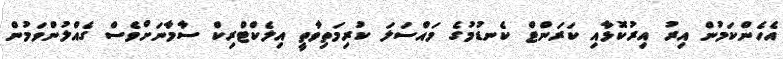
އެހެންކަމުން އިރު އިރުކޮޅާއި ކަރަންޓް ކެނޑުމުގެ މައްސަލަ ކުރިމަތިވާތީ އިލެކްޓްރިކް ސާމާނަށްވެސް ގެއްލުންވަމުން